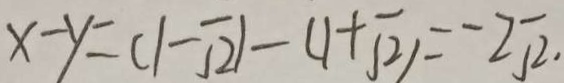
x - y = ( 1 - \sqrt { 2 } ) - ( 1 + \sqrt { 2 } ) = - 2 \sqrt { 2 } .